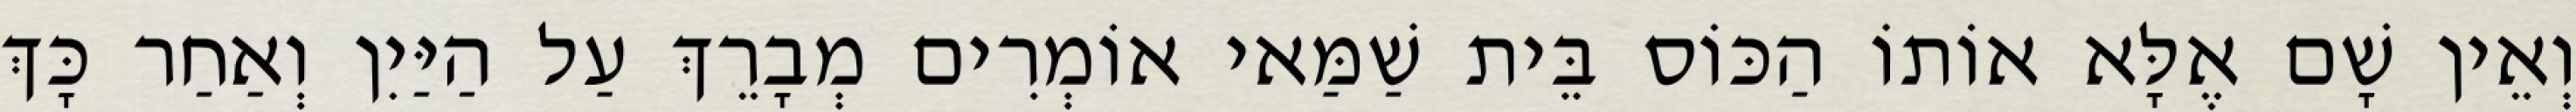
וְאֵין שָׁם אֶלָּא אוֹתוֹ הַכּוֹס בֵּית שַׁמַּאי אוֹמְרִים מְבָרֵךְ עַל הַיַּיִן וְאַחַר כָּךְ